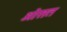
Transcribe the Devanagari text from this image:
ऒसत